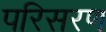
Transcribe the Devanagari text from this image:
परिसरण